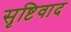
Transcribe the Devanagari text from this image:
सृष्टिवाद